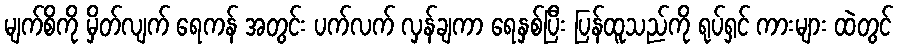
မျက်စိကို မှိတ်လျက် ရေကန် အတွင်း ပက်လက် လှန်ချကာ ရေနှစ်ပြီး ပြန်ထူသည်ကို ရုပ်ရှင် ကားများ ထဲတွင်